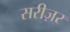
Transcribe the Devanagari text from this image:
सरीज़र